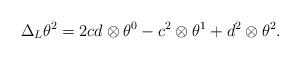
LaTeX: \begin{align*}\Delta_L\theta^2=2cd\otimes\theta^0-c^2\otimes \theta^1+d^2\otimes\theta^2.\end{align*}